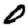
Digit: 0